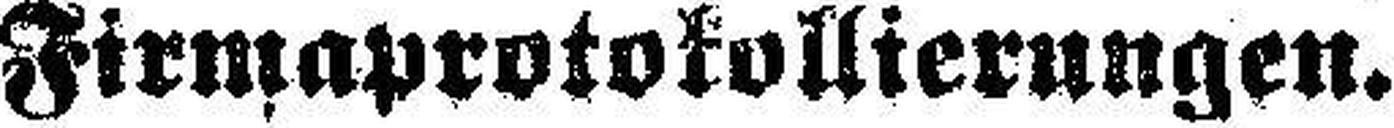
Firmaprotokollierungen.